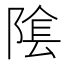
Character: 隂